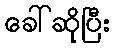
ခေါ်ဆိုပြီး